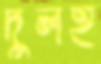
দুলহ